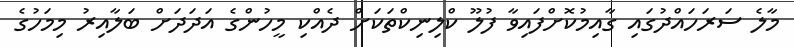
މާލެ ސަރަހައްދުގައި ގާއިމުކޮށްފައިވާ ފުލޫ ކްލިނިކްތަކަށް ދެއްކި މީހުންގެ އަދަދަށް ބަލާއިރު މިމަހުގެ